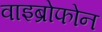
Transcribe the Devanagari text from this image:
वाइब्रोफोन